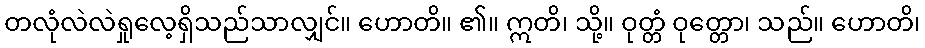
တလုံလဲလဲရှုလေ့ရှိသည်သာလျှင်။ ဟောတိ။ ၏။ ဣတိ၊ သို့။ ဝုတ္တံ ဝုတ္တော၊ သည်။ ဟောတိ၊